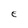
Character: E